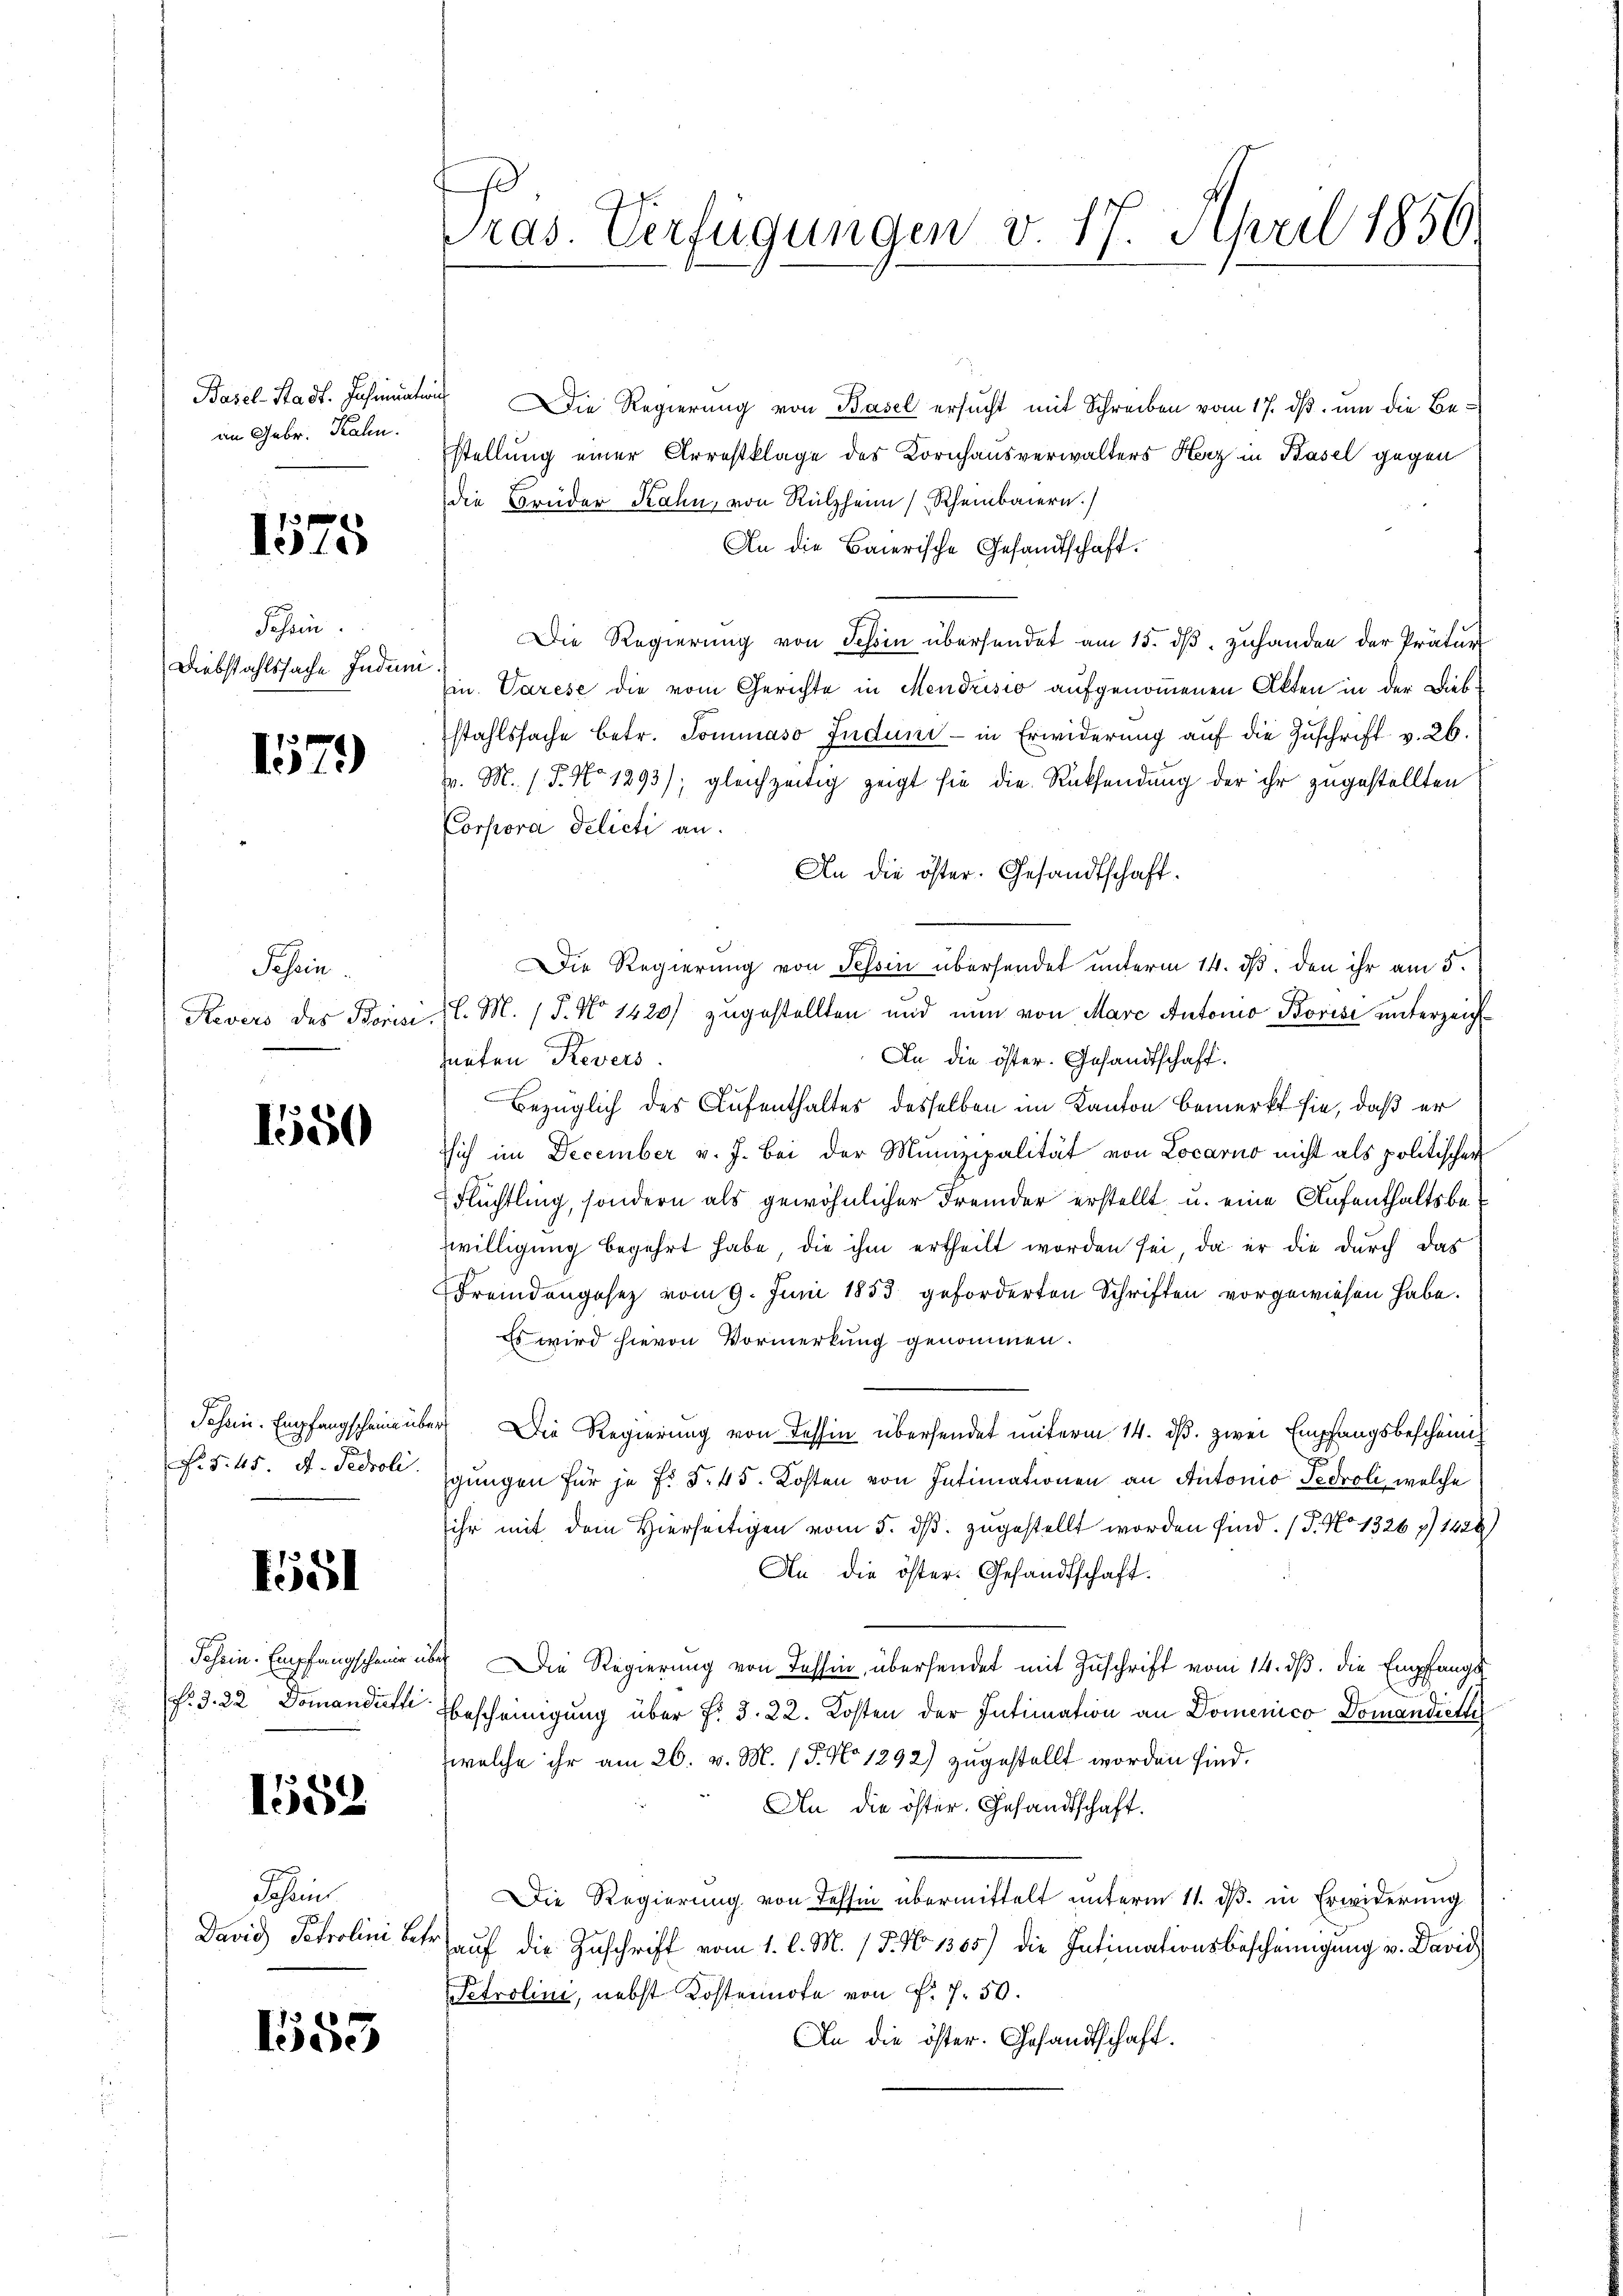
Basel-Stadt. Insinunter
an Gebr. Kalen.

1575

Jahren
Diebstahlssache Indun

1579

Tessin.
Kevers des Borisi

1550

Jchein. Empfangscheine über
. §. 15. d. Pedroli

451

Schein. Empfangscheine
N. 3. 22. Domandietli

1559.

Johann
David Petrolini betr.

1553

s

ras. Verfügungen v. 17. April 1856.

u Die Regierung von Basel ersucht mit Schreiben vom 17. dß. um die Bestellung einer Arrestklage des Kornhausverwalters Herz in Basel gegen
die Brüder Rahn, von Rülzheim (Rheinbauern.)
An die Baierische Gesandtschaft.
Die Regierung von Tessin übersendet am 15. dβ zuhanden der Prätur
m. Varese die vom Gerichte in Mendrisio aufgenommenen Akten in der Diebstahlssache betr. Sommaso Juduni- in Erwiderung auf die Zuschrift v. 26.
v. M. (T. No 1293); gleichzeitig zeigt sie die Rücksendung der ihr zugestellten
Corpora delicti an.
An die öster. Gesandtschaft.
Die Regierŭng von Tessin überhandet unterm 14. dβ. den ihr am 5.
l. M. 1 S. No 1420) zugestellten und nun von Mare Autonio Borisi unterzeich¬
In die öster. Gesandtschaft.
hneten Revers
Bezüglich des Aufenthaltes desselben im Kanton bemerkt sie, daß er
sich im December v. J. Bei der Munizipalität von Locarno nicht als politischer
Flüchtling, sondern als gewöhnlicher Fremder erstellt u. eine Aufenthaltsbewilligung begehrt habe, die ihm ertheilt worden sei, da er die durch das
Fremdengesez vom 9. Juni 1853 geforderten Schriften vorgewiesen habe.
Es wird hievon Vormerkung genommen.
er. Die Regierung von Tessin übersendet unterm 14. ds. zwei Empfangsbescheingungen für je f. § 45. Kosten von Intimationen an Antonio Fedroli, welche
ihr mit dem Hierseitigen vom 5. ds. zugestellt worden sind. (T. No 1326 f 1428)
An die öster. Gesandtschaft.
ich Die Regierung von Tessin, übersendet mit Zuschrift vom 14. ds. die Empfangs
bescheinigung über §. 3. 22. Kosten der Intimation an Domenico Domandiet
welche ihr am 26. v. M. P. No 1292) zugestellt worden sind.
An die öster. Gesandtschaft.
Die Regierung von Tessin übermittelt unterm 11. ds. in Erwiderung
rauf die Zuschrift vom 1. l. M. / 5. No 1365) die Intimationsbescheinigung v. David
Petrolini, nebst Kostennote von P. 7. 50.
An die öster. Gesandtschaft.